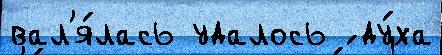
вал'я́лась удалось ́ ду́ха